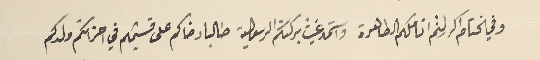
وفي الختام اكرر لثم اناملكم الطاهرة واسَتمد غيث بركتكم الرسولية طالبا رضاكم على قسيمكم في احزانكم ولدكم